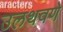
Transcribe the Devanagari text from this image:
उलथवणे